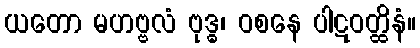
ယတော မဟဗ္ဗလံ ဗုဒ္ဓ၊ ဝစနေ ပါဋဝတ္ထိနံ။